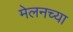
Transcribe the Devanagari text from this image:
मेलनच्या